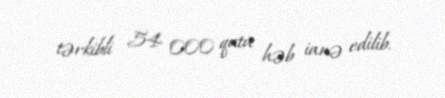
tərkibli 54 000 qutu həb ianə edilib.